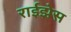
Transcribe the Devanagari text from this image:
राईझेस